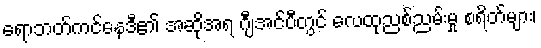
ရောဘတ်ကင်နေဒီ၏ အဆိုအရ ဂျီအင်ပီတွင် လေထုညစ်ညမ်းမှု စရိတ်များ၊